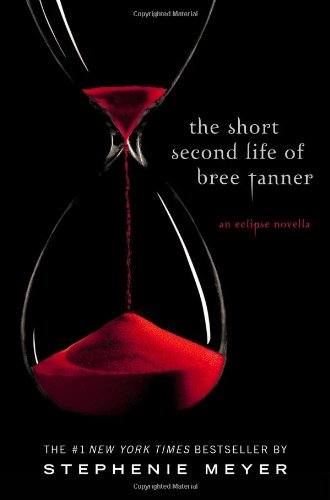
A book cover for The Short Second Life of Bree Tanner: An Eclipse Novella (The Twilight Saga); Stephenie Meyer; Teen & Young Adult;